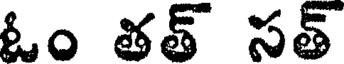
ఓం తత్ సత్